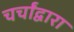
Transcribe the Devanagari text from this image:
चर्चांद्वारा